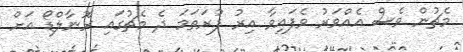
މެޗުން ވެސް އެއްވަރު ވެފައިވާ އިރު ފުރަތަމަ ދެ މެޗުގައި ރޮނާލްޑޯ އަށް